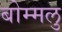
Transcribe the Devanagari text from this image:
बोम्मलु